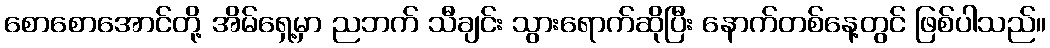
စောစောအောင်တို့ အိမ်ရှေ့မှာ ညဘက် သီချင်း သွားရောက်ဆိုပြီး နောက်တစ်နေ့တွင် ဖြစ်ပါသည်။